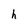
Character: h